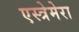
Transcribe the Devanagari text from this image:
एस्त्रेमेरा